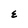
Character: E